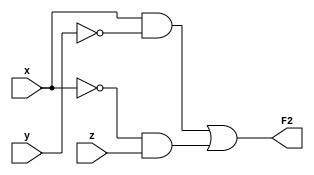
// This program was cloned from: https://github.com/mbaykenar/digital-logic-design
// License: Apache License 2.0

`timescale 1ns / 1ps
//////////////////////////////////////////////////////////////////////////////////
// Company: 
// Engineer: 
// 
// Design Name: 
// Module Name: ornek3
// Project Name: 
// Target Devices: 
// Tool Versions: 
// Description: 
// 
// Dependencies: 
// 
// Revision:
// Revision 0.01 - File Created
// Additional Comments:
// 
//////////////////////////////////////////////////////////////////////////////////


module ornek3
(
input x,
input y,
input z,
output F2
);

wire x_not;
wire y_not;
wire and1_out;
wire and2_out;

not G1 (x_not,x);
not G2 (y_not,y);
and G3 (and1_out,x,y_not);
and G4 (and2_out,x_not,z);
or G5 (F2,and1_out,and2_out);

endmodule